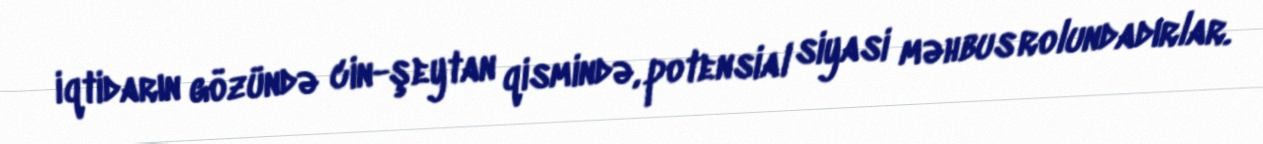
iqtidarın gözündə cin-şeytan qismində, potensial siyasi məhbus rolundadırlar.